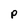
Character: p